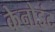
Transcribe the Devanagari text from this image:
केनोइंट